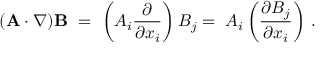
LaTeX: ( \mathbf { A } \cdot \nabla ) \mathbf { B } \ = \ \left( A _ { i } { \frac { \partial } { \partial x _ { i } } } \right) B _ { j } = \ A _ { i } \left( { \frac { \partial B _ { j } } { \partial x _ { i } } } \right) \, .